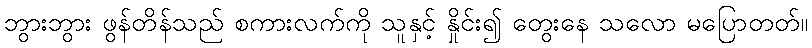
ဘွားဘွား ဖွန်တိန်သည် စကားလက်ကို သူနှင့် နှိုင်း၍ တွေးနေ သလော မပြောတတ်။